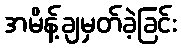
အမိန့်ချမှတ်ခဲ့ခြင်း